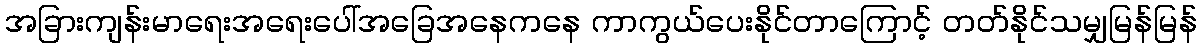
အခြားကျန်းမာရေးအရေးပေါ်အခြေအနေကနေ ကာကွယ်ပေးနိုင်တာကြောင့် တတ်နိုင်သမျှမြန်မြန်